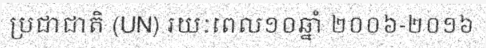
ប្រជាជាតិ (UN) រយៈពេល១០ឆ្នាំ ២០០៦-២០១៦